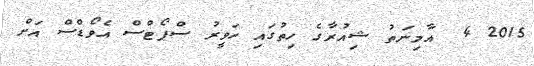
2015 4  އާމިނަތު ޝިއުރާގެ ހިތުގައި ހަވީރު ސްޕޯޓްސް އެވޯޑްސް އަށް